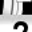
Digit: 2